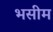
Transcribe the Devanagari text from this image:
भसीम